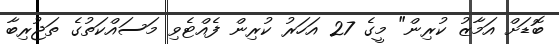
ބޮޑަށް އަމާޒު ކުރިން" މީގެ 27 އަހަރު ކުރިން ފެއްޓެވި މަސައްކަތުގެ ތަޖުރިބާ